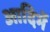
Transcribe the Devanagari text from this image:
आदिमें